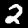
Label: 2